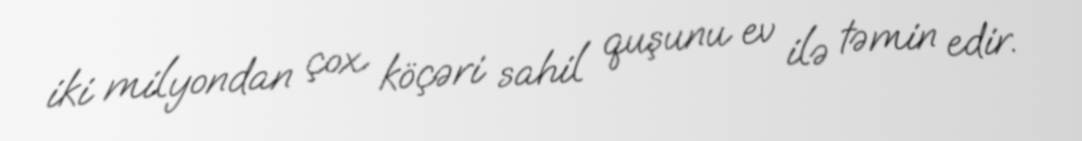
iki milyondan çox köçəri sahil quşunu ev ilə təmin edir.